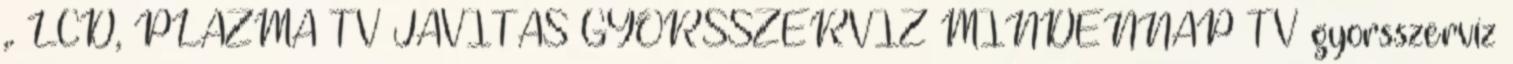
,. LCD, PLAZMA TV JAVÍTÁS GYORSSZERVÍZ MINDENNAP TV gyorsszervíz